Sketch of the medical history of the native army of Bombay, for the year
Year: 1875
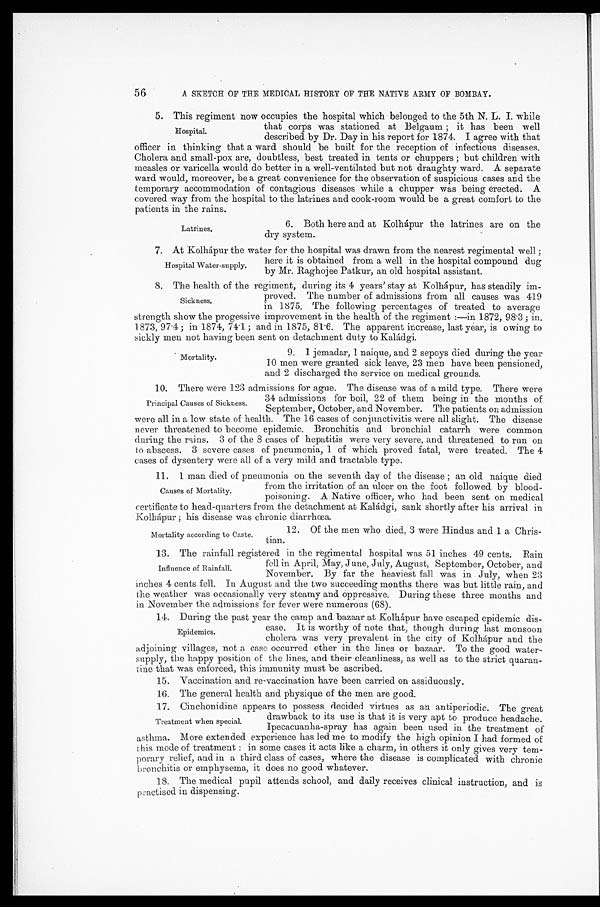
56
A SKETCH OF THE MEDICAL HISTORY OF THE NATIVE ARMY OF BOMBAY.
5. This regiment now occupies the hospital which belonged to the 5th N. L. I. while
that corps was stationed at Belgaum; it has been well
described by Dr.Day in his report for 1874. I agree with that
officer in thinking that a ward should be built for the reception of infectious diseases.
Cholera and small-pox are, doubtless, best treated in tents or chuppers; but children with
measles or varicella would do better in a well-ventilated but not draughty ward. A separate
ward would, moreover, be a great convenience for the observation of suspicious cases and the
temporary accommodation of contagious diseases while a chupper was being erected. A
covered way from the hospital to the latrines and cook-room would be a great comfort to the
patients in the rains.
Hospital.
Latrines.
6. Both here and at Kolhápur the latrines are on the
dry system.
7 . A t K o l h á p u r t h e w a t e r f o r t h e h o s p i t a l w a s d r a w n f r o m t h e n e a r e s t r e g i m e n t a l w e l l ;
here it is obtained from a well in the hospital compound dug
by Mr. Raghojee Patkur, an old hospital assistant.
8. The health of the regiment, during its 4 years' stay at Kolhápur, has steadily im
-
proved. The number of admissions from all causes was 419
in 1875. The following percentages of treated to average
strength show the progessive improvement in the health of the regiment:—in 1872, 98.3; in
1873, 97.4; in 1874, 74.1; and in 1875, 81.6. The apparent increase, last year, is owing to
sickly men not having been sent on detachment duty to Kaládgi.
Hospital Water-supply.
Sickness.
Mortality.
9. 1 jemadar, naique, and 2 sepoys died during the year
10 men were granted sick leave, 23 men have been pensioned,
and 2 discharged the service on medical grounds.
10. There were 123 admissions for ague. The disease was of a mild type. There were
34 admissions for boil, 22 of them being in the months of
September, October, and November. The patients on admission
were all in a low state of health. The 16 cases of conjunctivitis were all slight. The disease
never threatened to become epidemic. Bronchitis and bronchial catarrh were common
during the runs. 3 of the 8 cases of hepatitis were very severe, and threatened to run on
to abscess. 3 severe cases of pneumonia, 1 of which proved fatal, were treated. The 4
cases of dysentery were all of a very mild and tractable type.
11. 1 man died of pneumonia on the seventh day of the disease; an old naique died
from the irritation of an ulcer on the foot followed by blood
-
poisoning. A Native officer, who had been sent on medical
certificate to head-quarters from the detachment at Kaládgi, sank shortly after his arrival in
Kolhápur; his disease was chronic diarrhœa.
Principal Causes of Sickness.
Causes of Mortality.
Mortality according to Caste.
12. Of the men who died, 3 were Hindus and 1 a Chris--
tian.
13. The rainfall registered in the regimental hospital was 51 inches 49 cents. Rain
fell in April, May, June, July, August, September, October, and
November. By far the heaviest fall was in July, when 23
inches 4 cents fell. In August and the two succeeding months there was but little rain, and
the weather was occasionally very steamy and oppressive. During these three months and
in November the admissions for fever were numerous (68).
14. During the past year the camp and bazaar at Kolhápur have escaped epidemic dis
-
ease. It is worthy of note that, though during last monsoon
cholera was very prevalent in the city of Kolhápur and the
adjoining villages, not a case occurred ether in the lines or bazaar. To the good water
-supply, the happy position of the lines, and their cleanliness, as well as to the strict quaran--
tine that was enforced, this immunity must be ascribed.
15. Vaccination and re-vaccination have been carried on assiduously.
16. The general health and physique of the men are good.
17. Cinchonidine appears to possess decided virtues as an antiperiodic. The great
drawback to its use is that it is very apt to produce headache.
Ipecacuanha-spray has again been used in the treatment of
asthma. More extended experience has led me to modify the high opinion I had formed of
this mode of treatment: in some cases it acts like a charm, in others it only gives very tem-
porary relief, and in a third class of cases, where the disease is complicated with chronic
bronchitis or emphysema, it does no good whatever.
18. The medical pupil attends school, and daily receives clinical instruction, and is
practised in dispensing,
Influence of Rainfall.
Epidemics.
Treatment when special.